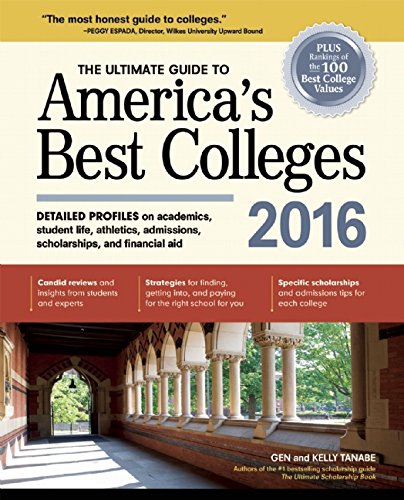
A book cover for The Ultimate Guide to America's Best Colleges 2016; Gen Tanabe; Education & Teaching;